Annual vaccination report of Bihar and Orissa - 1911-1928
Year: 1911
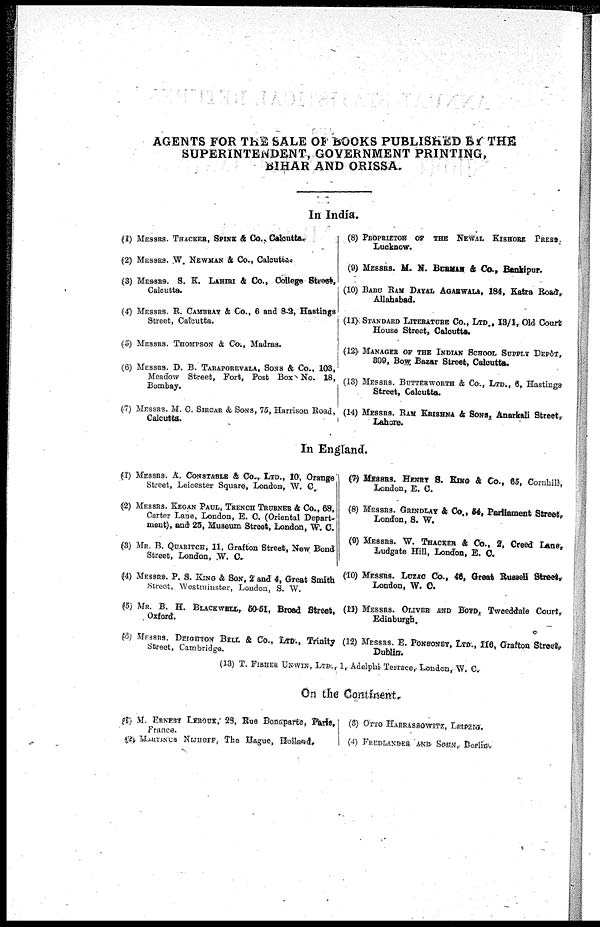
AGENTS FOR THE SALE OF BOOKS PUBLISHED BY THE
SUPERINTENDENT , GOVERNMENT PRINTING,
BIHAR AND ORISSA.
In India.
(1) MESSRS. THACKER, SPINK & Co. Calcutta.
(2) MESSRS. W. NEWMAN & Co., Calcutta.
(3) MESSRS. S. K. LAHIRI & Co., College Street,
Calcutta.
(4) MESSRS. R. CAMBRAY & Co.,6 and 8-2, Hastings
Street, Calcutta.
(5) MESSRS. THOMPSON & Co., Madras.
(6) MESSRS. D. B. TARAPOREVALA, SONS & Co., 103,
Meadow Street, Fort, Post Box No. 18,
Bombay.
(7) MESSRS. M. C. SIRCAR & SONS, 75, Harrison Road,
Calcutta.
(8) PROPRIETOR OF THE NEWAL KISHORE PRESS.
Lucknow.
(9) MESSRS. M. N. BURMAN & Co., Bankipur.
(10) BABU RAM DAYAL AGARWALA, 184, Katra Road,
Allahabad.
(11)STANDARD LITERATURE Co., LTD., 13/1, Old Court
House Street, Calcutta.
(12) MANAGER OF THE INDIAN SCHOOL SUPPLY DEPÔT,
809, Bos Bazar Street, Calcutta.
(13) MESSRS. BUTTERWORTH & Co., LTD., 6, Hastings
Street, Calcutta.
(14) MESSRS. RAM KRISHNA & SONS, Anarkali Street,
Lahore.
In England.
(1) MESSRS. A. CONSTABLE & Co., LTD., 10, Orange
Street, Leicester Square, London, W. C.
(2) MESSRS. KEGAN PAUL, TRENCH TRUBNER & Co., 68,
Carter Lane, London, E. C. (Oriental Depart-
ment), and 25, Museum Street, London, W. C.
(3) MR. B. QUARITCH, 11, Grafton Street, New Bond
Street, London, W. C.
(4) MESSRS. P. S. KING & SON, 2 and 4, Great Smith
Street, Westminster, London, S. W.
(5) MR. B. H. BLACKWELL, 50-51, Broad Street,
Oxford.
(6) MESSRS. DEIGHTON BELL & Co., LTD., Trinity
Street, Cambridge.
(7) MESSRS. HENRY S. KING & Co., 65, Cornhill,
London, E. C.
(8) MESSRS. GRINDLAY & Co., 54, Parliament Street,
London, S. W.
(9) MESSRS. W. THACKER & Co., 2, Creed Lane,
Ludgate Hill, London, E. C.
(10) MESSRS. LUZAC Co., 46, Great Russell Street,
London, W. C.
(11) MESSRS. OLIVER AND BOYD, Tweeddale Court,
Edinburgh.
(12) MESSRS. E. PONSONBY, LTD., 116, Grafton Street,
Dublin.
(13) T. FISHER UNWIN, LTD., 1, Adelphi Terrace, London, W. C.
On the Continent.
(1) M. ERNEST LEROUX, 28, Rue Bonaparte, Paris,
France.
(2)MARTINUS NIJHOFF, The Hague, Holland.
(3) OTTO HARRASSOWITZ, LEIPZIG.
(4) FREDLANDER AND SOHN, Berlin.